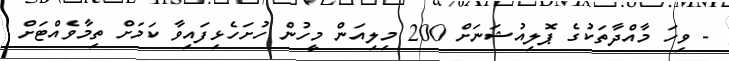
- ވިހަ މާއްދާތަކުގެ ޕޮލިއުޝަނަށް 200 މިލިއަން މީހުން ހުށަހެޅިފައިވާ ކަމަށް ތިމާވެއްޓަށް